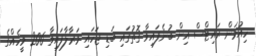
ހިއުމަން ރައިޓްސް އިން ބުނެފައިވާ ގޮތުގައި ބަޑި ޖަހައި މަރާލާފައިވާ 206 މީހެއްގެ